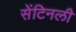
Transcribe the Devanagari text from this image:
सेंटिनली